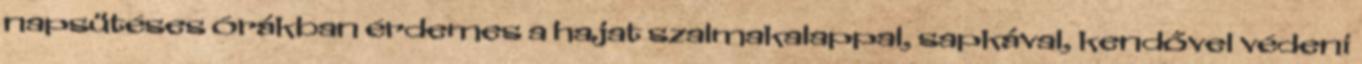
napsütéses órákban érdemes a hajat szalmakalappal, sapkával, kendővel védeni